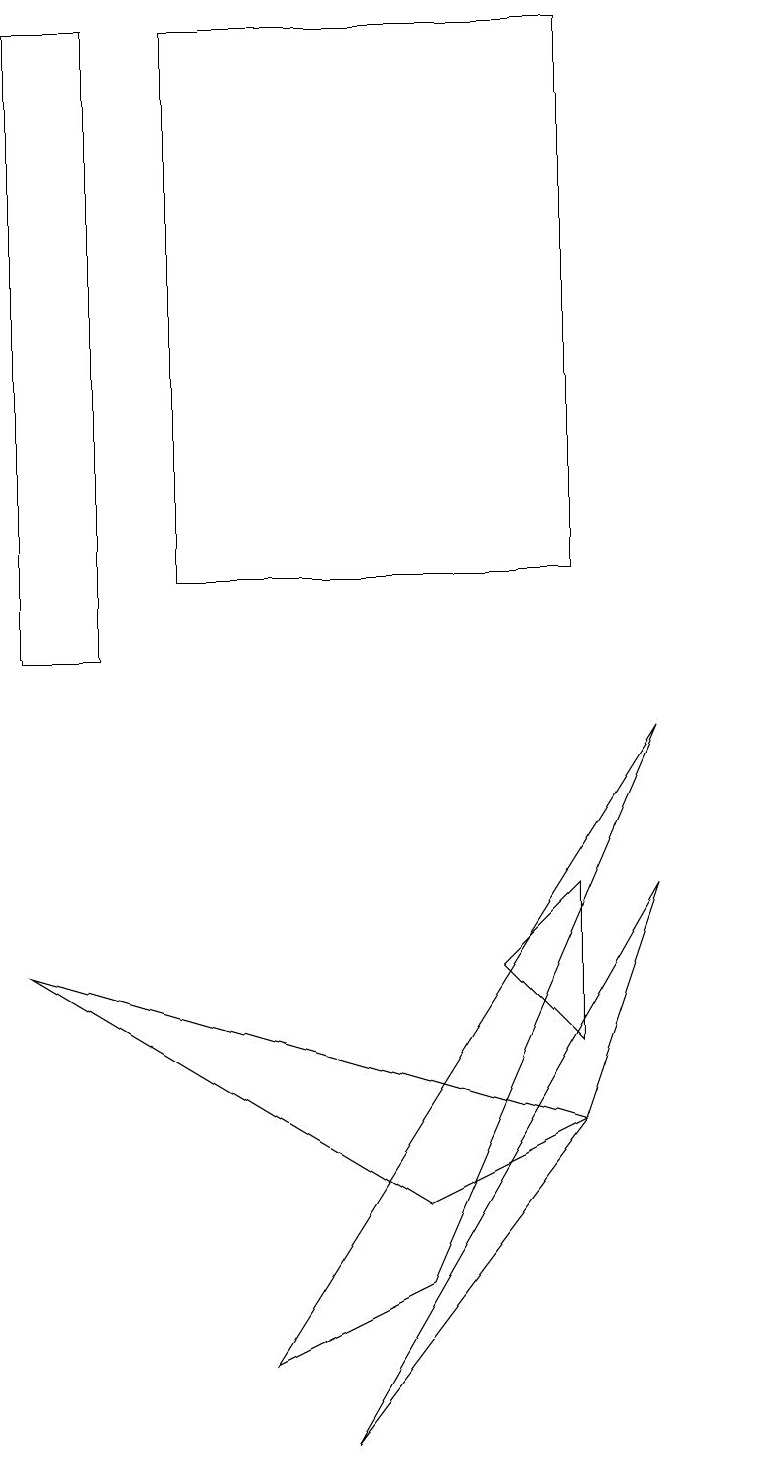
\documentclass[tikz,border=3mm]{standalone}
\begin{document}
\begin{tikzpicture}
\draw (7,18) rectangle (6,18);
\draw (8,5) -- (8,7) -- (7,6) -- cycle;
\draw (2,18) rectangle (1,10);
\draw (1,6) -- (6,3) -- (8,4) -- cycle;
\draw (8,4) -- (9,7) -- (5,0) -- cycle;
\draw (6,2) -- (9,9) -- (4,1) -- cycle;
\draw (10,10) circle (0);
\draw (3,18) rectangle (8,11);
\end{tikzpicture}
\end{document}